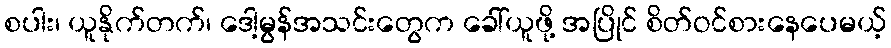
စပါး၊ ယူနိုက်တက်၊ ဒေါ့မွန်အသင်းတွေက ခေါ်ယူဖို့ အပြိုင် စိတ်ဝင်စားနေပေမယ့်